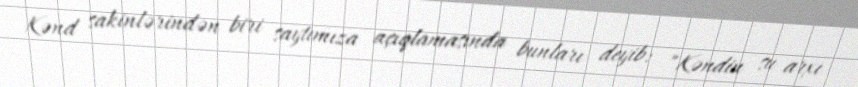
Kənd sakinlərindən biri saytımıza açıqlamasında bunları deyib: "Kəndin su arxı